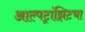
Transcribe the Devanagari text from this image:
आल्पट्रांझिटचा